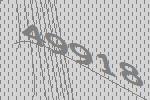
49918